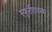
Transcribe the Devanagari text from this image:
स्फुर्तीदायक